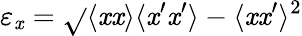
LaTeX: \varepsilon_{\mathit{x}}=\sqrt{}{{\langle{\mathit{x}\mathit{x}}\rangle\langle{\mathit{x}^{\prime}\mathit{x}^{\prime}}\rangle-\langle{\mathit{x}\mathit{x}^{\prime}}\rangle^{2}}}